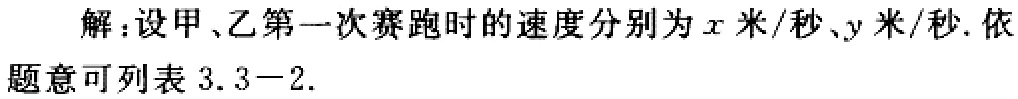
解：设甲、乙第一次赛跑时的速度分别为\(x\)米/秒、\(y\)米/秒. 依题意可列表 \(3.3 - 2\).